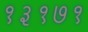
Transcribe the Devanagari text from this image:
१३१७१